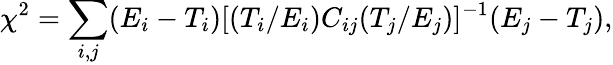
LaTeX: \chi^{2}=\sum_{i,j}(E_{i}-T_{i})[(T_{i}/E_{i})C_{ij}(T_{j}/E_{j})]^{-1}(E_{j}-T_{j}),